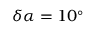
\delta \alpha = 1 0 ^ { \circ }